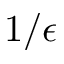
1 / \epsilon